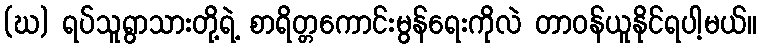
(ဃ) ရပ်သူရွာသားတို့ရဲ့ စာရိတ္တကောင်းမွန်ရေးကိုလဲ တာဝန်ယူနိုင်ရပါ့မယ်။